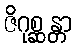
ဇိဂုစ္ဆန္တာ